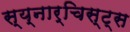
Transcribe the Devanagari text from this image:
स्य्नार्चिस्ट्स